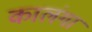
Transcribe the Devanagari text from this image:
कालंगा